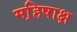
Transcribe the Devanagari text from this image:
महि़षाक्ष